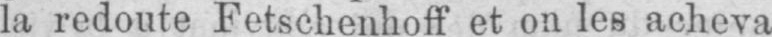
la redoute Fetschenhoff et on les acheva